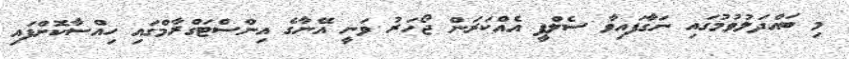
މި ބައްދަލުވުމުގައި ނަގާފައިވާ ސެލްފީ އެއްކަރަން ޖޯހަރު ވަނީ އޭނާގެ އިންސްޓަގްރާމްގައި ހިއްސާކޮށްފައި